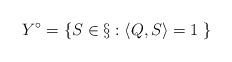
LaTeX: \begin{align*}Y^\circ=\{S\in \S:\langle Q,S\rangle=1\;\}\end{align*}